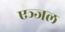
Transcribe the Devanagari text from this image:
एञ्जल